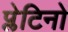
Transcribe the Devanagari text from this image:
प्लेटिनो